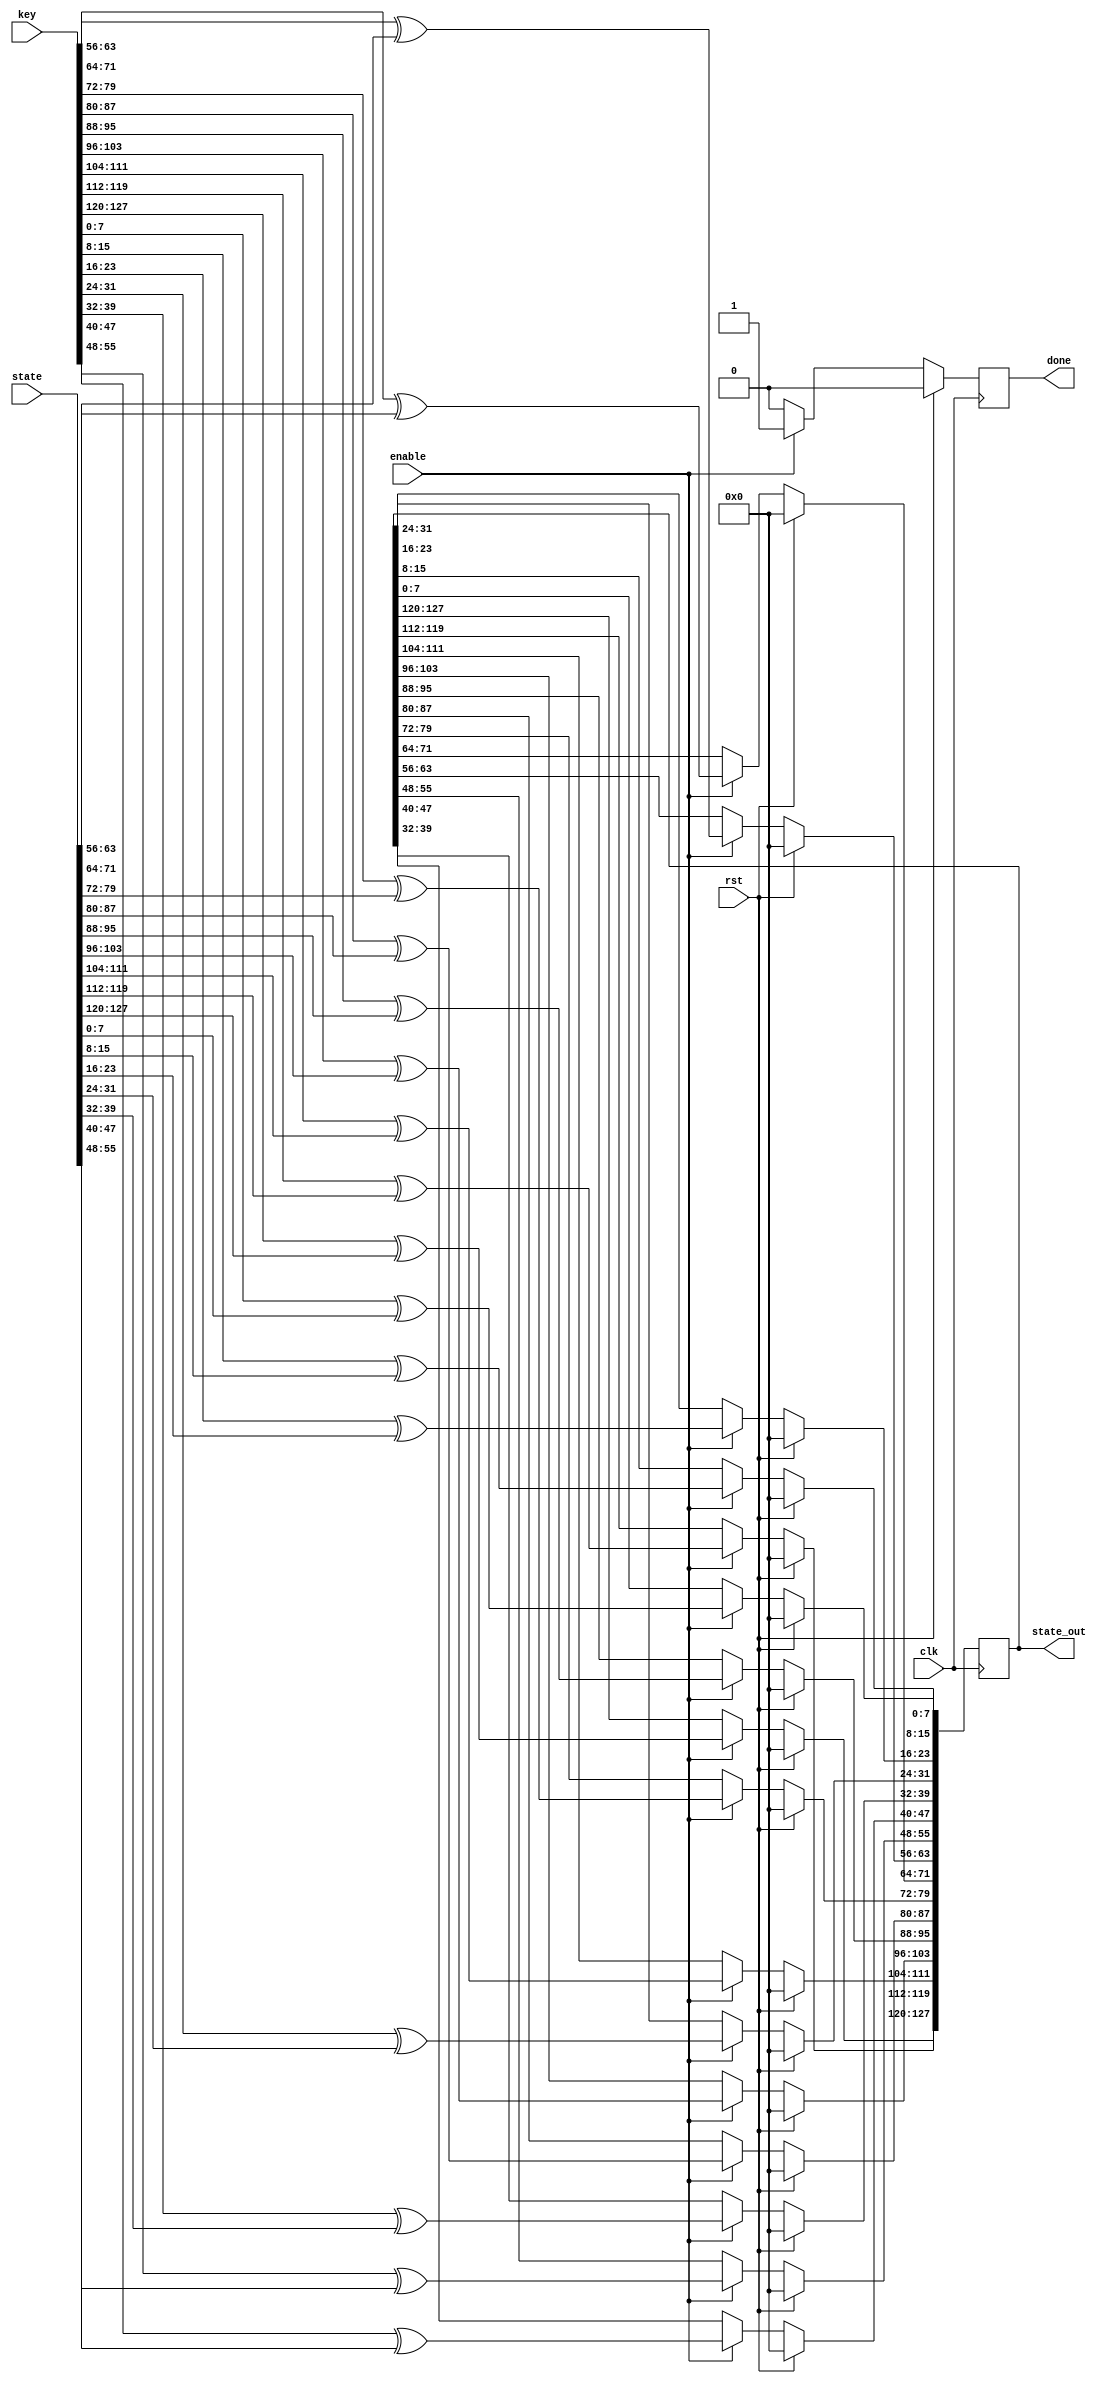
// This program was cloned from: https://github.com/ahegazy/aes
// License: MIT License

/*
*
*	Creator : Ahmad Adel <github.com/ahmadadel8>
*						Dina  Elsokary <github.com/dinaelsokary>
*
* Contributer: Ahmad Hegazy <github.com/ahegazy> <ahegazipro@gmail.com>
*
*
* Description: AddRoundKey step in AES encryption/Decryption.
* Language: Verilog
*
*/

module AddRoundKey(
	input wire [127:0] key ,
	input wire [127:0] state,
	input  clk,enable, rst,
	output reg  [127:0]state_out,
	output reg done);

	integer i;

always@(posedge clk)
 begin
 if (rst) begin
 state_out=128'd0;
 done <= 0;
 i <= 0;
 end 
 else if (enable) begin 
	for ( i=0; i<=15; i=i+1)
		state_out[i*8  +:  8] <= key[i*8  +:  8] ^ state[i*8  +:  8];

	done = 1;
	end 
	else done <= 0;

end
endmodule